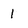
Character: 1